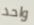
واحد